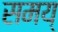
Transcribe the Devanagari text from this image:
समय्